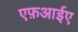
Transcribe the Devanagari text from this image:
एफ़आईए